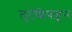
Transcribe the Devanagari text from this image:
लुटेशियाहून